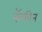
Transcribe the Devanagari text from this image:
कॅफीन